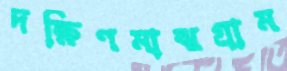
দক্ষিণমাঝগ্রাম